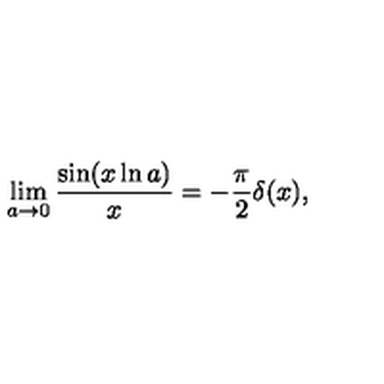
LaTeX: \lim _ { a \rightarrow 0 } { \frac { \sin ( x \ln a ) } { x } } = - { \frac { \pi } { 2 } } \delta ( x ) ,